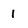
Character: 1